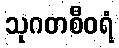
သုဂတစီဝရံ